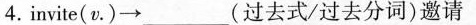
invite（v\cdot ）\to ___(过去式/过去分词)邀请